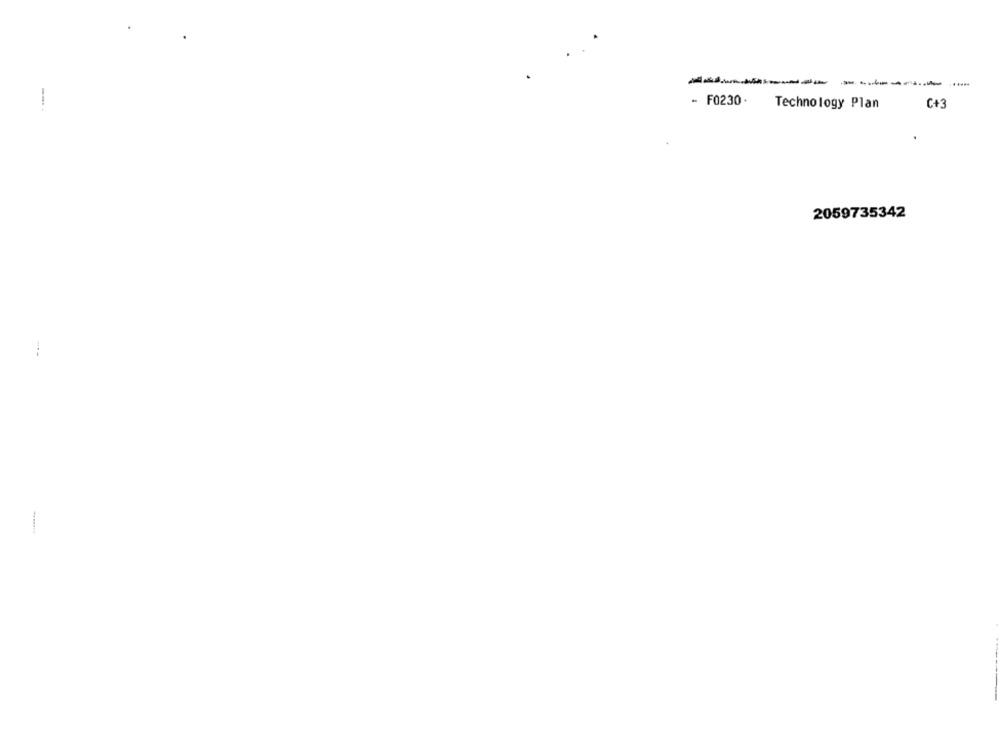
-----------
---- -
- F0230.
Technology Plan
C+3
2059735342